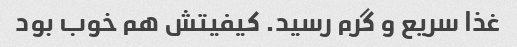
غذا سریع و گرم رسید. کیفیتش هم خوب بود